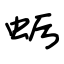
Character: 蛎